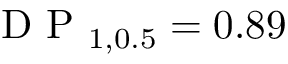
\textrm { D P } _ { 1 , 0 . 5 } = 0 . 8 9